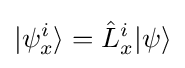
|\psi _{x}^{i}\rangle ={\hat {L}}_{x}^{i}|\psi \rangle